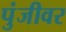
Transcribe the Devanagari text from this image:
पुंजीवर